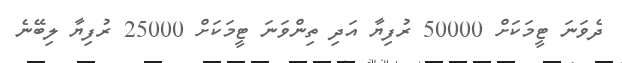
ދެވަނަ ޓީމަކަށް 50000 ރުފިޔާ އަދި ތިންވަނަ ޓީމަކަށް 25000 ރުފިޔާ ލިބޭނެ